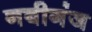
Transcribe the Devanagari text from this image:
नबीगंज